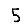
Digit: 5